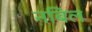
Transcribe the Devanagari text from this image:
नबिल